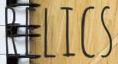
RELICS